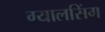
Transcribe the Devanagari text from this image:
ग्‍यालसिंग